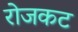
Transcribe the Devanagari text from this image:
रोजकट